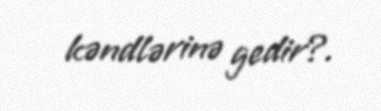
kəndlərinə gedir?.